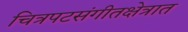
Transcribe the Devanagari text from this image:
चित्रपटसंगीतक्षेत्रात